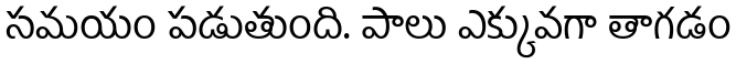
సమయం పడుతుంది. పాలు ఎక్కువగా తాగడం